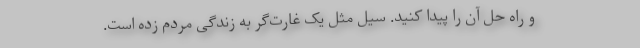
و راه حل آن را پیدا کنید. سیل مثل یک غارت‌گر به زندگی مردم زده است.